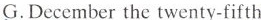
G.December the twenty-fifth